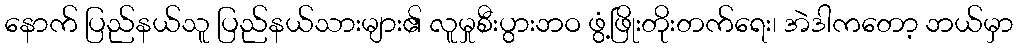
နောက် ပြည်နယ်သူ ပြည်နယ်သားများ၏ လူမှုစီးပွားဘဝ ဖွံ့ဖြိုးတိုးတက်ရေး၊ အဲဒါကတော့ ဘယ်မှာ